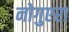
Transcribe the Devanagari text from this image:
नोगुएरा